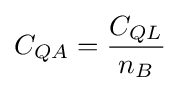
C_{QA}={\frac {C_{QL}}{n_{B}}}\